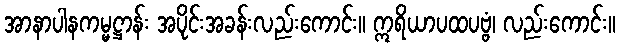
အာနာပါနကမ္မဋ္ဌာန်း အပိုင်းအခန်းလည်းကောင်း။ ဣရိယာပထပဗ္ဗံ၊ လည်းကောင်း။